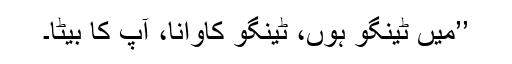
’’میں ٹینگو ہوں، ٹینگو کاوانا، آپ کا بیٹا۔